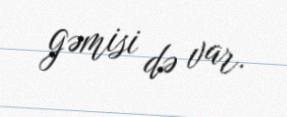
gəmisi də var.